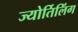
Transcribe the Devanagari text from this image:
ज्योर्तिलिंग